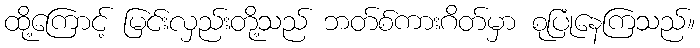
ထို့ကြောင့် မြင်းလှည်းတို့သည် ဘတ်စ်ကားဂိတ်မှာ စုပြုံနေကြသည်။